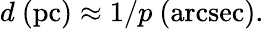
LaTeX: d{\mathrm{~(pc)}}\approx 1/p{\mathrm{~(arcsec)}}.